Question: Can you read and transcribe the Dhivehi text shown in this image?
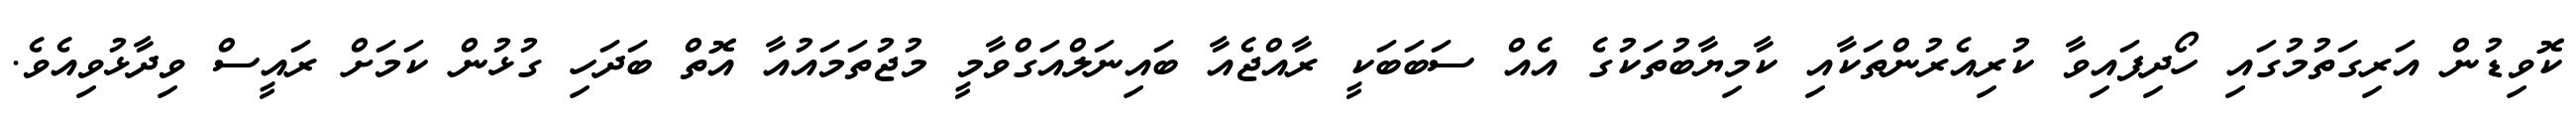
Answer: ކޮވިޑުން އަރިގަތުމުގައި ހޯދިފައިވާ ކުރިއެރުންތަކާއި ކާމިޔާބުތަކުގެ އެއް ސަބަބަކީ ރާއްޖެއާ ބައިނަލްއަގްވާމީ މުޖުތަމައުއާ އޮތް ބަދަހި ގުޅުން ކަމަށް ރައީސް ވިދާޅުވިއެވެ.